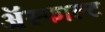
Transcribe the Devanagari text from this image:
ॲस्फाल्ट